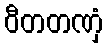
ဝီတတဏှံ